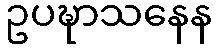
ဥပဍ္ဎာသနေန